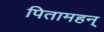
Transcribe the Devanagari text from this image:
पितामहन्